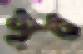
সুর